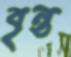
বৃন্ত